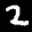
Label: 2